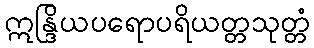
ဣန္ဒြိယပရောပရိယတ္တသုတ္တံ